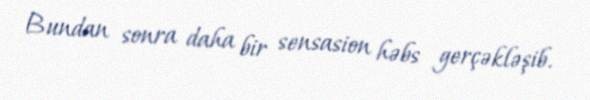
Bundan sonra daha bir sensasion həbs gerçəkləşib.